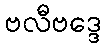
ဗလီဗဒ္ဒေ